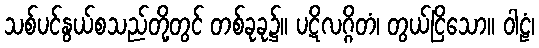
သစ်ပင်နွယ်စသည်တို့တွင် တစ်ခုခု၌။ ပဋိလဂ္ဂိတံ၊ တွယ်ငြိသော။ ဝါဠံ၊